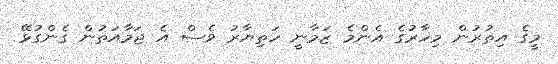
މީގެ އިތުރުން މިހާރުގެ އެންމެ ޒަމާނީ ހަތިޔާރު ވެސް އެ ޖަމާއަތުން ގެންގުޅޭ